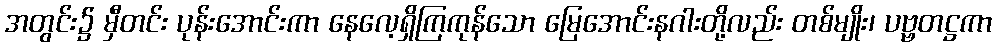
အတွင်း၌ မှီတင်း ပုန်းအောင်းကာ နေလေ့ရှိကြကုန်သော မြေအောင်းနဂါးတို့လည်း တစ်မျိုး၊ ပဗ္ဗတဋ္ဌကာ